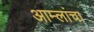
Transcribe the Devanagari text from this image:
आम्लांचा